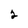
Character: 2